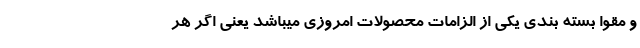
و مقوا بسته بندی یکی از الزامات محصولات امروزی میباشد یعنی اگر هر